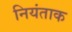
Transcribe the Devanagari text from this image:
नियंताक